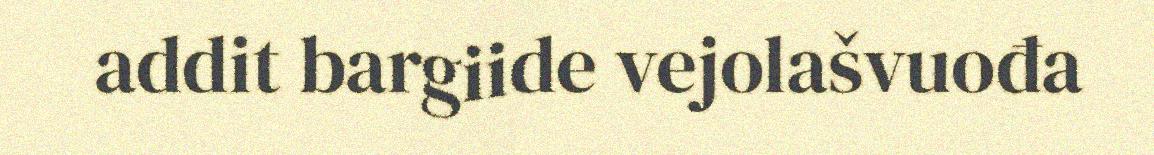
addit bargiide vejolašvuođa